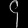
Digit: ၄